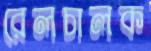
রেলচালক